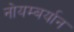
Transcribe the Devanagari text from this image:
नोयम्बर्यान